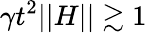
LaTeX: \gamma t^{2}||H||\gtrsim 1